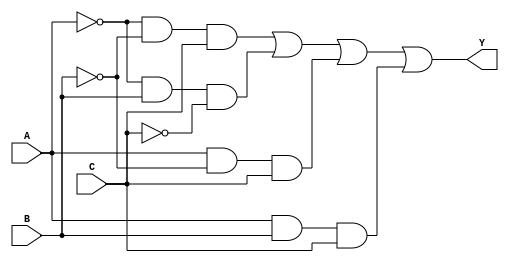
module combinational_logic_block (
    input wire A, // Input A
    input wire B, // Input B
    input wire C, // Input C
    output wire Y // Output Y
);

// Define the essential prime implicants
// For this example, let's say the EPIs are:
// 1. A'B'C (covers minterm 1)
// 2. A'BC' (covers minterm 2)
// 3. AB'C (covers minterm 5)
// 4. ABC (covers minterm 6)

// Implement the logic for the output Y based on the EPIs
assign Y = (~A & ~B & C) | (~A & B & ~C) | (A & ~B & C) | (A & B & C);

endmodule